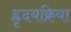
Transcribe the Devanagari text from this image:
ह्रृदयक्रिया